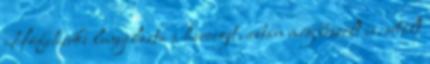
Hófehérke lenyilazta a herceget, aztán még beszélt is, sétált